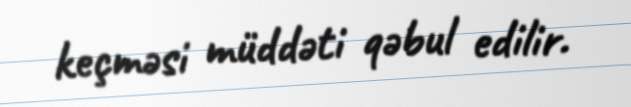
keçməsi müddəti qəbul edilir.